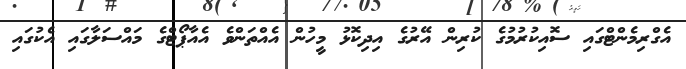
އެގްރިމެންޓްގައި ސޮއިކުރުމުގެ ކުރިން އޭރުގެ އިދިކޮޅު މީހުން އެއްތަންވެ އެއާޕޯޓްގެ މައްސަލާގައި އެކުގައި